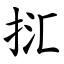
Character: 㧟